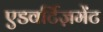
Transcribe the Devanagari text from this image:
एडवर्टिज़मेंट